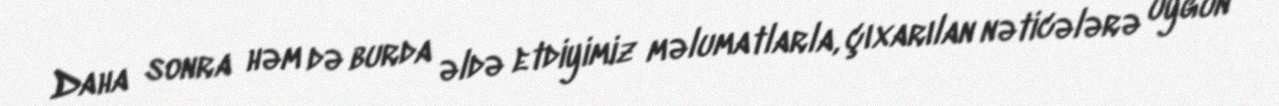
Daha sonra həm də burda əldə etdiyimiz məlumatlarla, çıxarılan nəticələrə uyğun